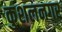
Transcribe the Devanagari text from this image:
कुशलनगर